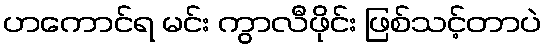
ဟကောင်ရ မင်း ကွာလီဖိုင်း ဖြစ်သင့်တာပဲ